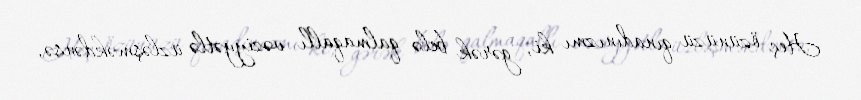
Heç özünüzü qınadınızmı ki, gərək belə qalmaqallı vəziyyətlə üzləşməkdənsə,